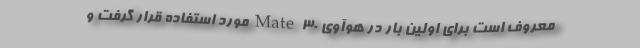
معروف است برای اولین بار در هوآوی Mate 30 مورد استفاده قرار گرفت و